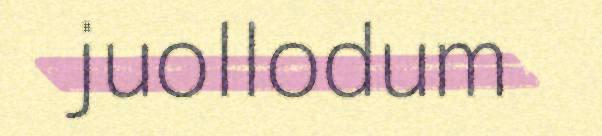
juollodum